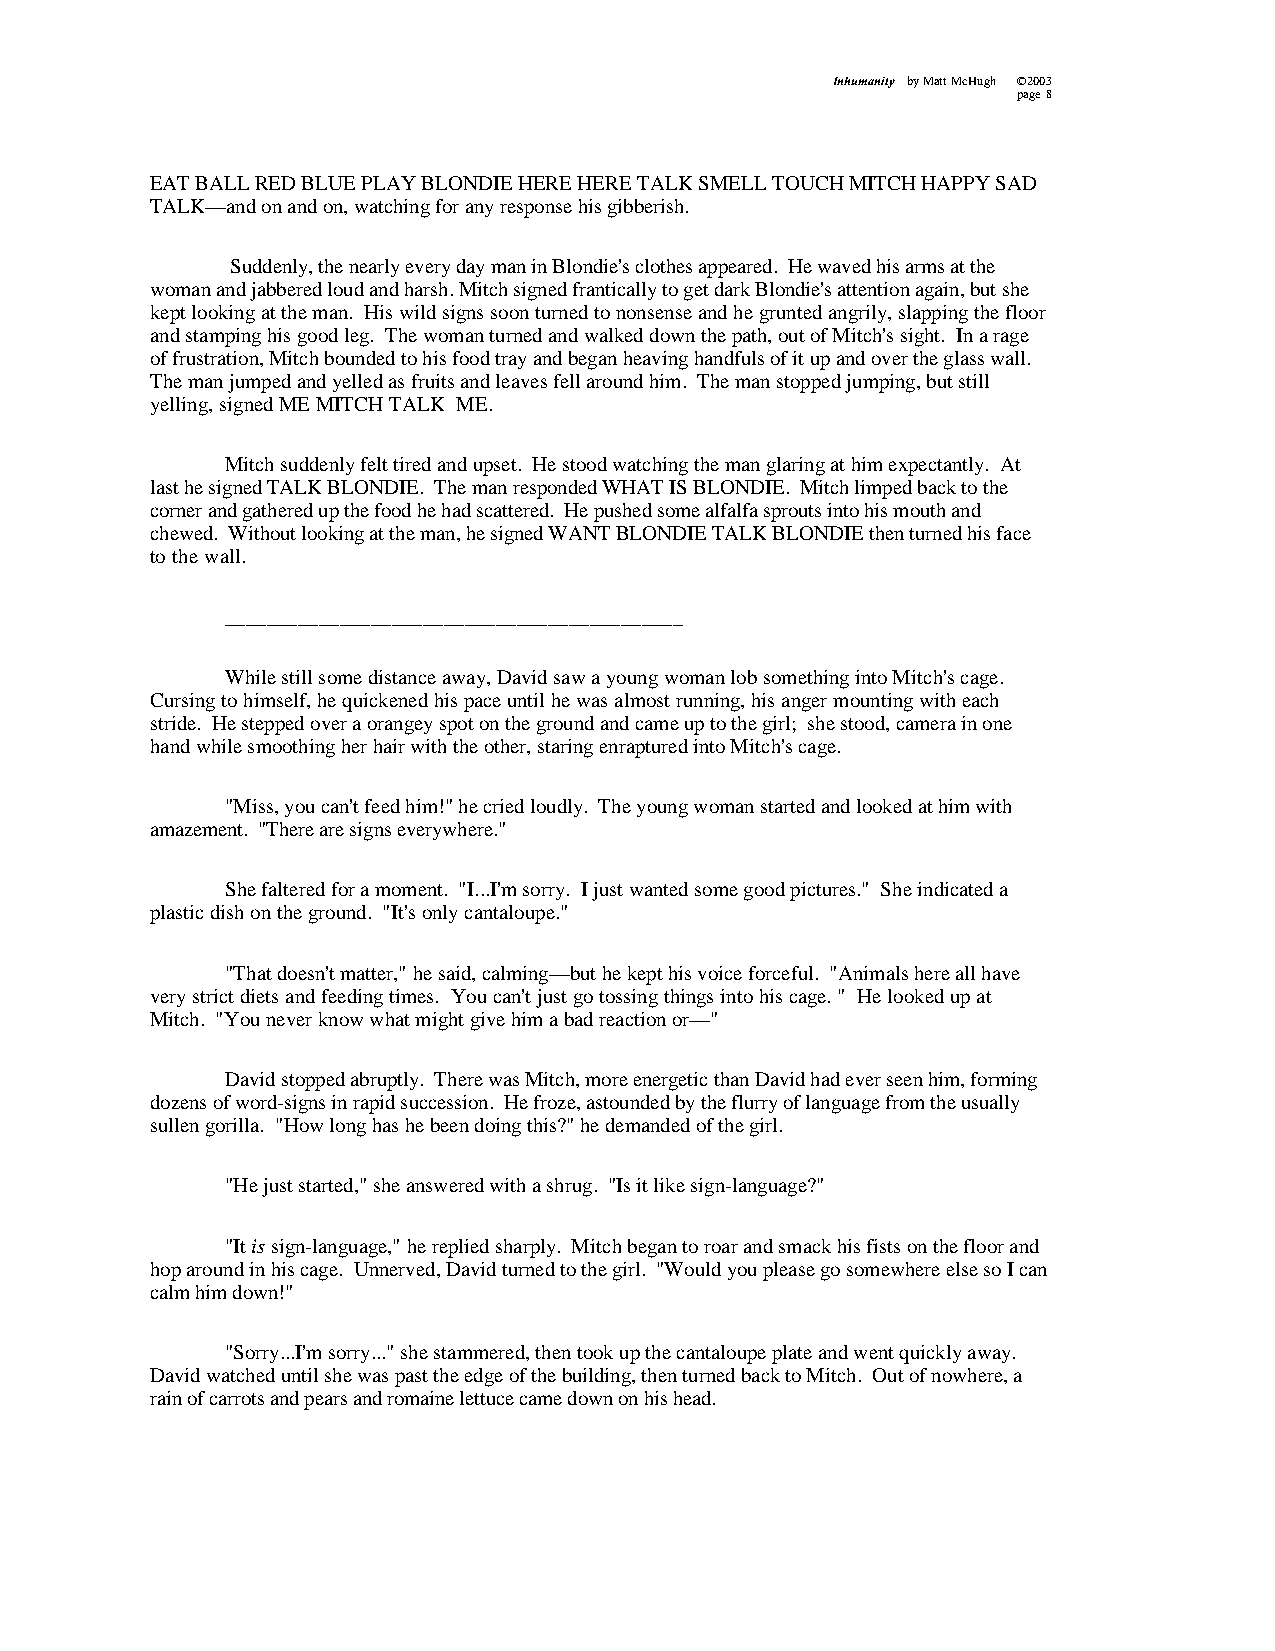
Inhumanity by Matt McHugh ©2003
 page 8
 EAT BALL RED BLUE PLAY BLONDIE HERE HERE TALK SMELL TOUCH MITCH HAPPY SAD
 TALK—and on and on, watching for any response his gibberish.
 Suddenly, the nearly every day man in Blondie's clothes appeared. He waved his arms at the
 woman and jabbered loud and harsh. Mitch signed frantically to get dark Blondie's attention again, but she
 kept looking at the man. His wild signs soon turned to nonsense and he grunted angrily, slapping the floor
 and stamping his good leg. The woman turned and walked down the path, out of Mitch's sight. In a rage
 of frustration, Mitch bounded to his food tray and began heaving handfuls of it up and over the glass wall.
 The man jumped and yelled as fruits and leaves fell around him. The man stopped jumping, but still
 yelling, signed ME MITCH TALK ME.
 Mitch suddenly felt tired and upset. He stood watching the man glaring at him expectantly. At
 last he signed TALK BLONDIE. The man responded WHAT IS BLONDIE. Mitch limped back to the
 corner and gathered up the food he had scattered. He pushed some alfalfa sprouts into his mouth and
 chewed. Without looking at the man, he signed WANT BLONDIE TALK BLONDIE then turned his face
 to the wall.
 ____________________________________________
 While still some distance away, David saw a young woman lob something into Mitch's cage.
 Cursing to himself, he quickened his pace until he was almost running, his anger mounting with each
 stride. He stepped over a orangey spot on the ground and came up to the girl; she stood, camera in one
 hand while smoothing her hair with the other, staring enraptured into Mitch's cage.
 "Miss, you can't feed him!" he cried loudly. The young woman started and looked at him with
 amazement. "There are signs everywhere."
 She faltered for a moment. "I...I'm sorry. I just wanted some good pictures." She indicated a
 plastic dish on the ground. "It's only cantaloupe."
 "That doesn't matter," he said, calming—but he kept his voice forceful. "Animals here all have
 very strict diets and feeding times. You can't just go tossing things into his cage. " He looked up at
 Mitch. "You never know what might give him a bad reaction or—"
 David stopped abruptly. There was Mitch, more energetic than David had ever seen him, forming
 dozens of word-signs in rapid succession. He froze, astounded by the flurry of language from the usually
 sullen gorilla. "How long has he been doing this?" he demanded of the girl.
 "He just started," she answered with a shrug. "Is it like sign-language?"
 "It is sign-language," he replied sharply. Mitch began to roar and smack his fists on the floor and
 hop around in his cage. Unnerved, David turned to the girl. "Would you please go somewhere else so I can
 calm him down!"
 "Sorry...I'm sorry..." she stammered, then took up the cantaloupe plate and went quickly away.
 David watched until she was past the edge of the building, then turned back to Mitch. Out of nowhere, a
 rain of carrots and pears and romaine lettuce came down on his head.